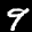
Label: 9